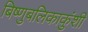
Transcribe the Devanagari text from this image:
बिष्णुबलिकाकुंशी